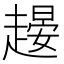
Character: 𧽉